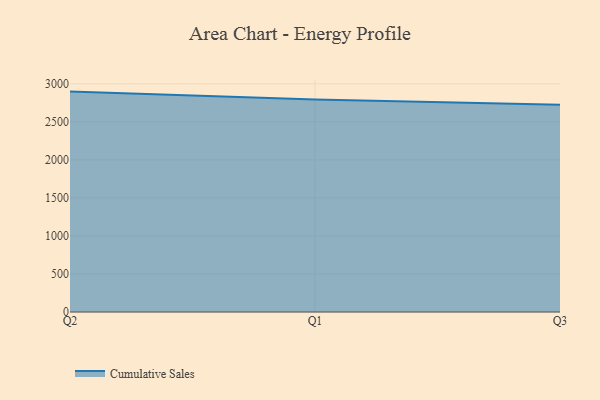
{"axis": {"x": "Quarter", "y": "Conversion Rate (%)"}, "legend": ["Cumulative Sales"], "data": [{"x": "Q2", "y": 2898.2, "type": "Cumulative Sales"}, {"x": "Q1", "y": 2795.6, "type": "Cumulative Sales"}, {"x": "Q3", "y": 2726.1, "type": "Cumulative Sales"}]}